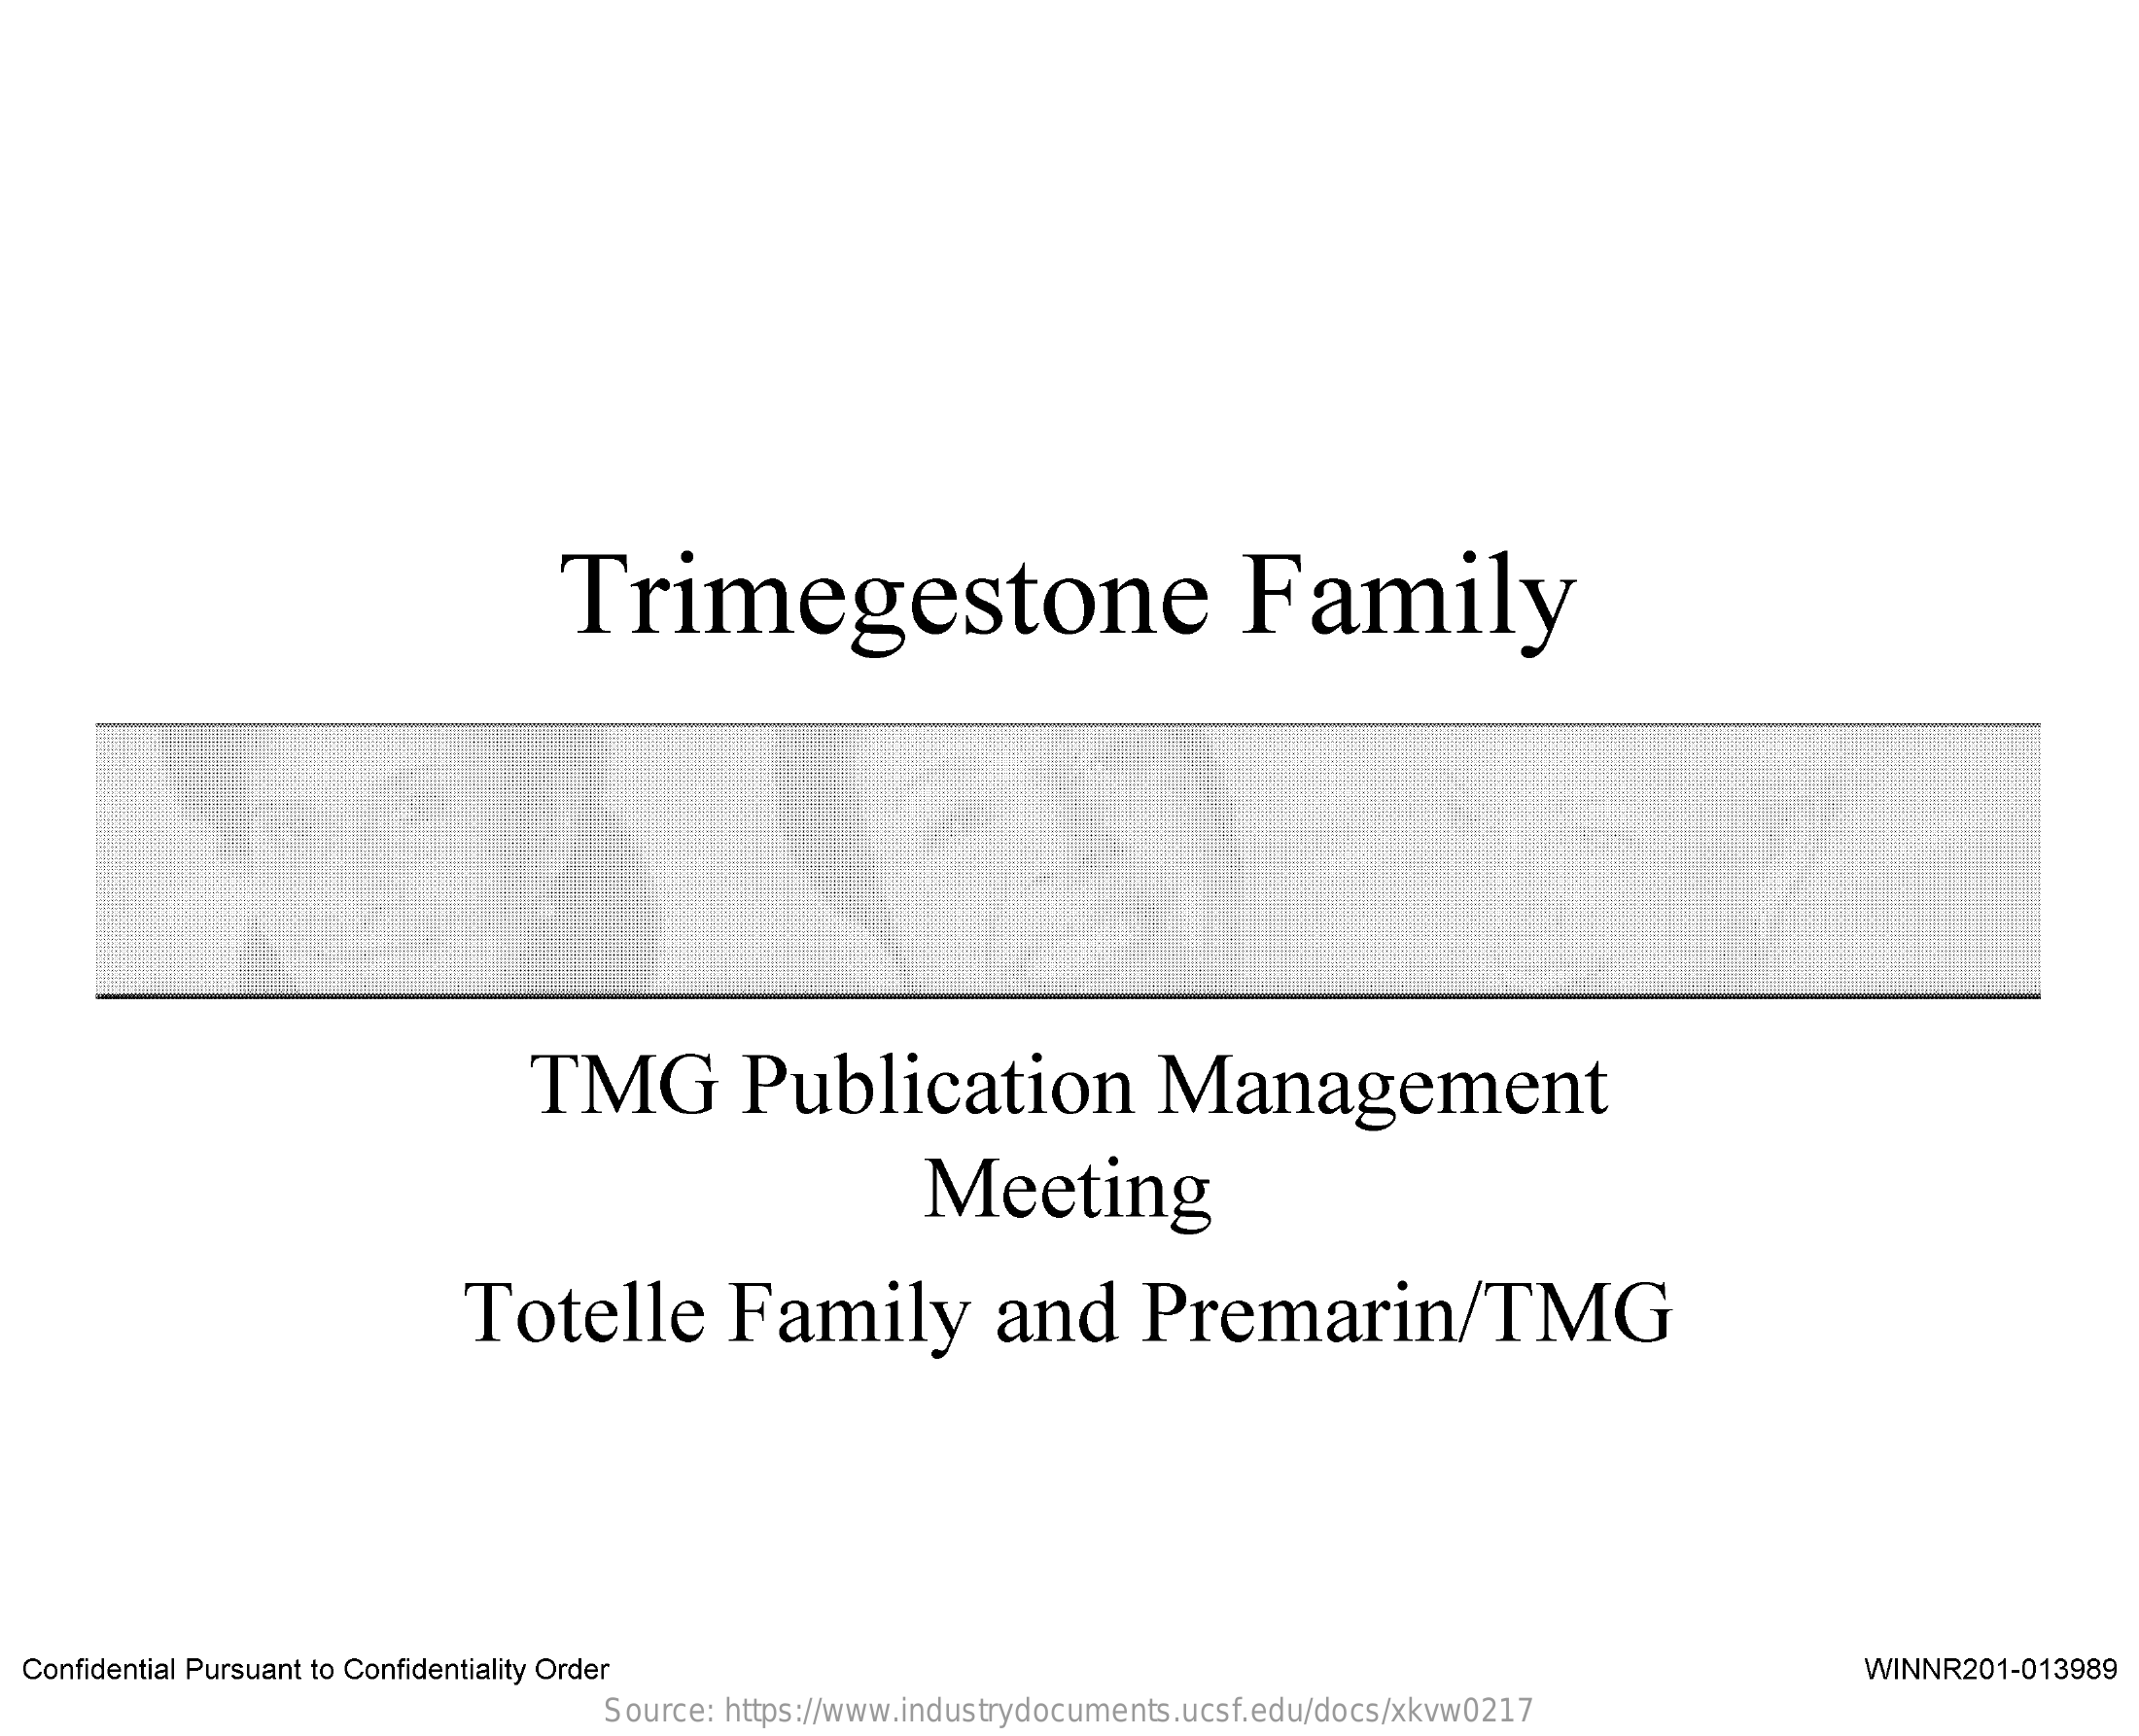
Trimegestone    Family
     TMG    Publication    Management
     Meeting
     Totelle    Family    and    Premarin/TMG
  Confidential Pursuant to Confidentiality Order    WINNR201-013989
     Source: https://www.industrydocuments.ucsf.edu/docs/xkvw0217